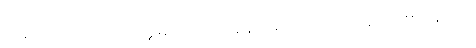
တဒေကဋ္ဌာတိ-ကား။ ဣဓ၊ ဤ ဒဿနေန မဟာတဗ္ဗတိက်၌။ ပဟာနေကဋ္ဌံ၊